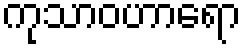
ကုသာဝဟာရော